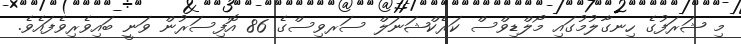
މި ޝަރަފުގެ ހިނގާލުމުގައި މޯލްޑިވްސް ކަރެކްޝަނަލް ސަރވިސްގެ 86 އޮފިސަރުން ވަނީ ބައިވެރިވެފައެވެ.